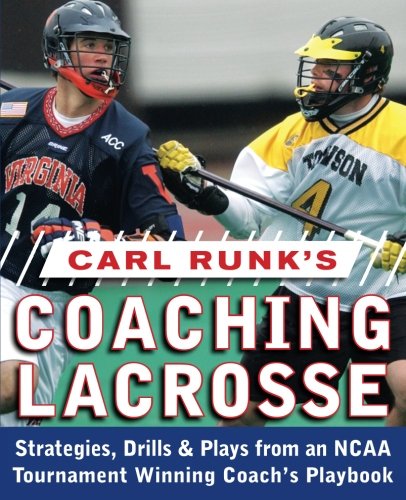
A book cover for Carl Runk's Coaching Lacrosse: Strategies, Drills, & Plays from an NCAA Tournament Winning Coach's Playbook; Carl Runk; Sports & Outdoors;